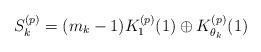
LaTeX: \begin{align*}S^{(p)}_k=(m_k-1)K_1^{(p)}(1)\oplus K_{\theta_k}^{(p)}(1)\end{align*}